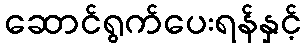
ဆောင်ရွက်ပေးရန်နှင့်